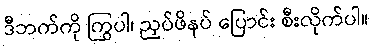
ဒီဘက်ကို ကြွပါ၊ ညှပ်ဖိနပ် ပြောင်း စီးလိုက်ပါ။